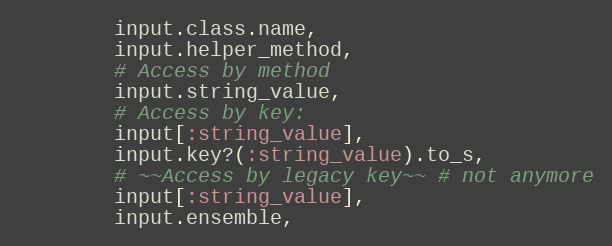
Language: Ruby
        input.class.name,
        input.helper_method,
        # Access by method
        input.string_value,
        # Access by key:
        input[:string_value],
        input.key?(:string_value).to_s,
        # ~~Access by legacy key~~ # not anymore
        input[:string_value],
        input.ensemble,